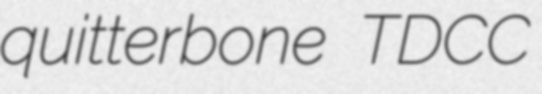
quitterbone TDCC